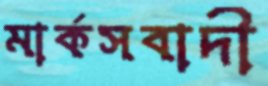
মার্কসবাদী